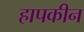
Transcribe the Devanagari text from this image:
हापकीन